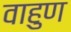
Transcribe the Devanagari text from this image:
वाहुण